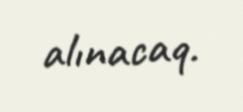
alınacaq.